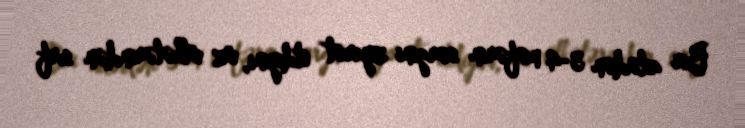
Bir ailədən 3-4 nəfərin sərgini ziyarət etdiyini, öz ölkələrindən sırf